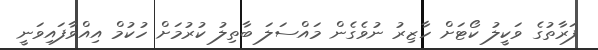
ފަރާތުގެ ވަކީލު ކޯޓަށް ހާޒިރު ނުވެގެން މައްސަލަ ބާތިލު ކުރުމަށް ހުކުމް އިއްވާފައިވަނީ